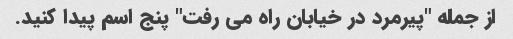
از جمله "پیرمرد در خیابان راه می رفت" پنج اسم پیدا کنید.